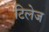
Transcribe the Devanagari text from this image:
टिलेज